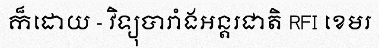
ក៏ដោយ - វិទ្យុបារាំងអន្តរជាតិ RFI ខេមរ